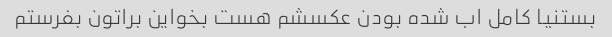
بستنیا کامل اب شده بودن عکسشم هست بخواین براتون بفرستم